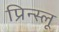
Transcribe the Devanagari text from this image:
प्रिन्स्लू